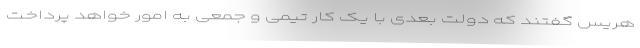
هریس گفتند که دولت بعدی با یک کار تیمی و جمعی به امور خواهد پرداخت